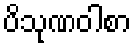
ပိသုဏဝါစာ